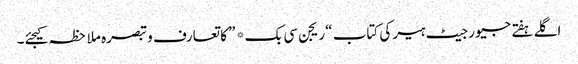
اگلے ہفتے جیورجیٹ ہیر کی کتاب “ریجن سی بک* ” کا تعارف و تبصرہ ملاحظہ کیجئے۔